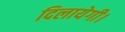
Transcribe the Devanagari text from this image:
दिलायेगी।